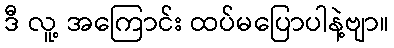
ဒီ လူ့ အကြောင်း ထပ်မပြောပါနဲ့ဗျာ။